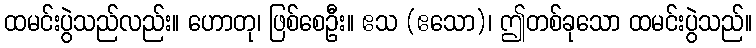
ထမင်းပွဲသည်လည်း။ ဟောတု၊ ဖြစ်စေဦး။ ဧသ (ဧသော)၊ ဤတစ်ခုသော ထမင်းပွဲသည်။